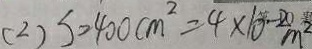
( 2 ) S = 4 0 0 c m ^ { 2 } = 4 \times 1 0 ^ { - 2 0 } m ^ { 2 }